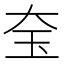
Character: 𡘇